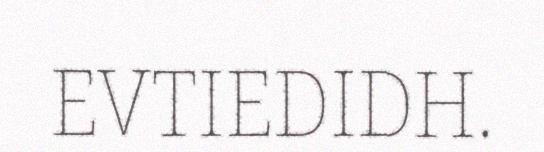
EVTIEDIDH.